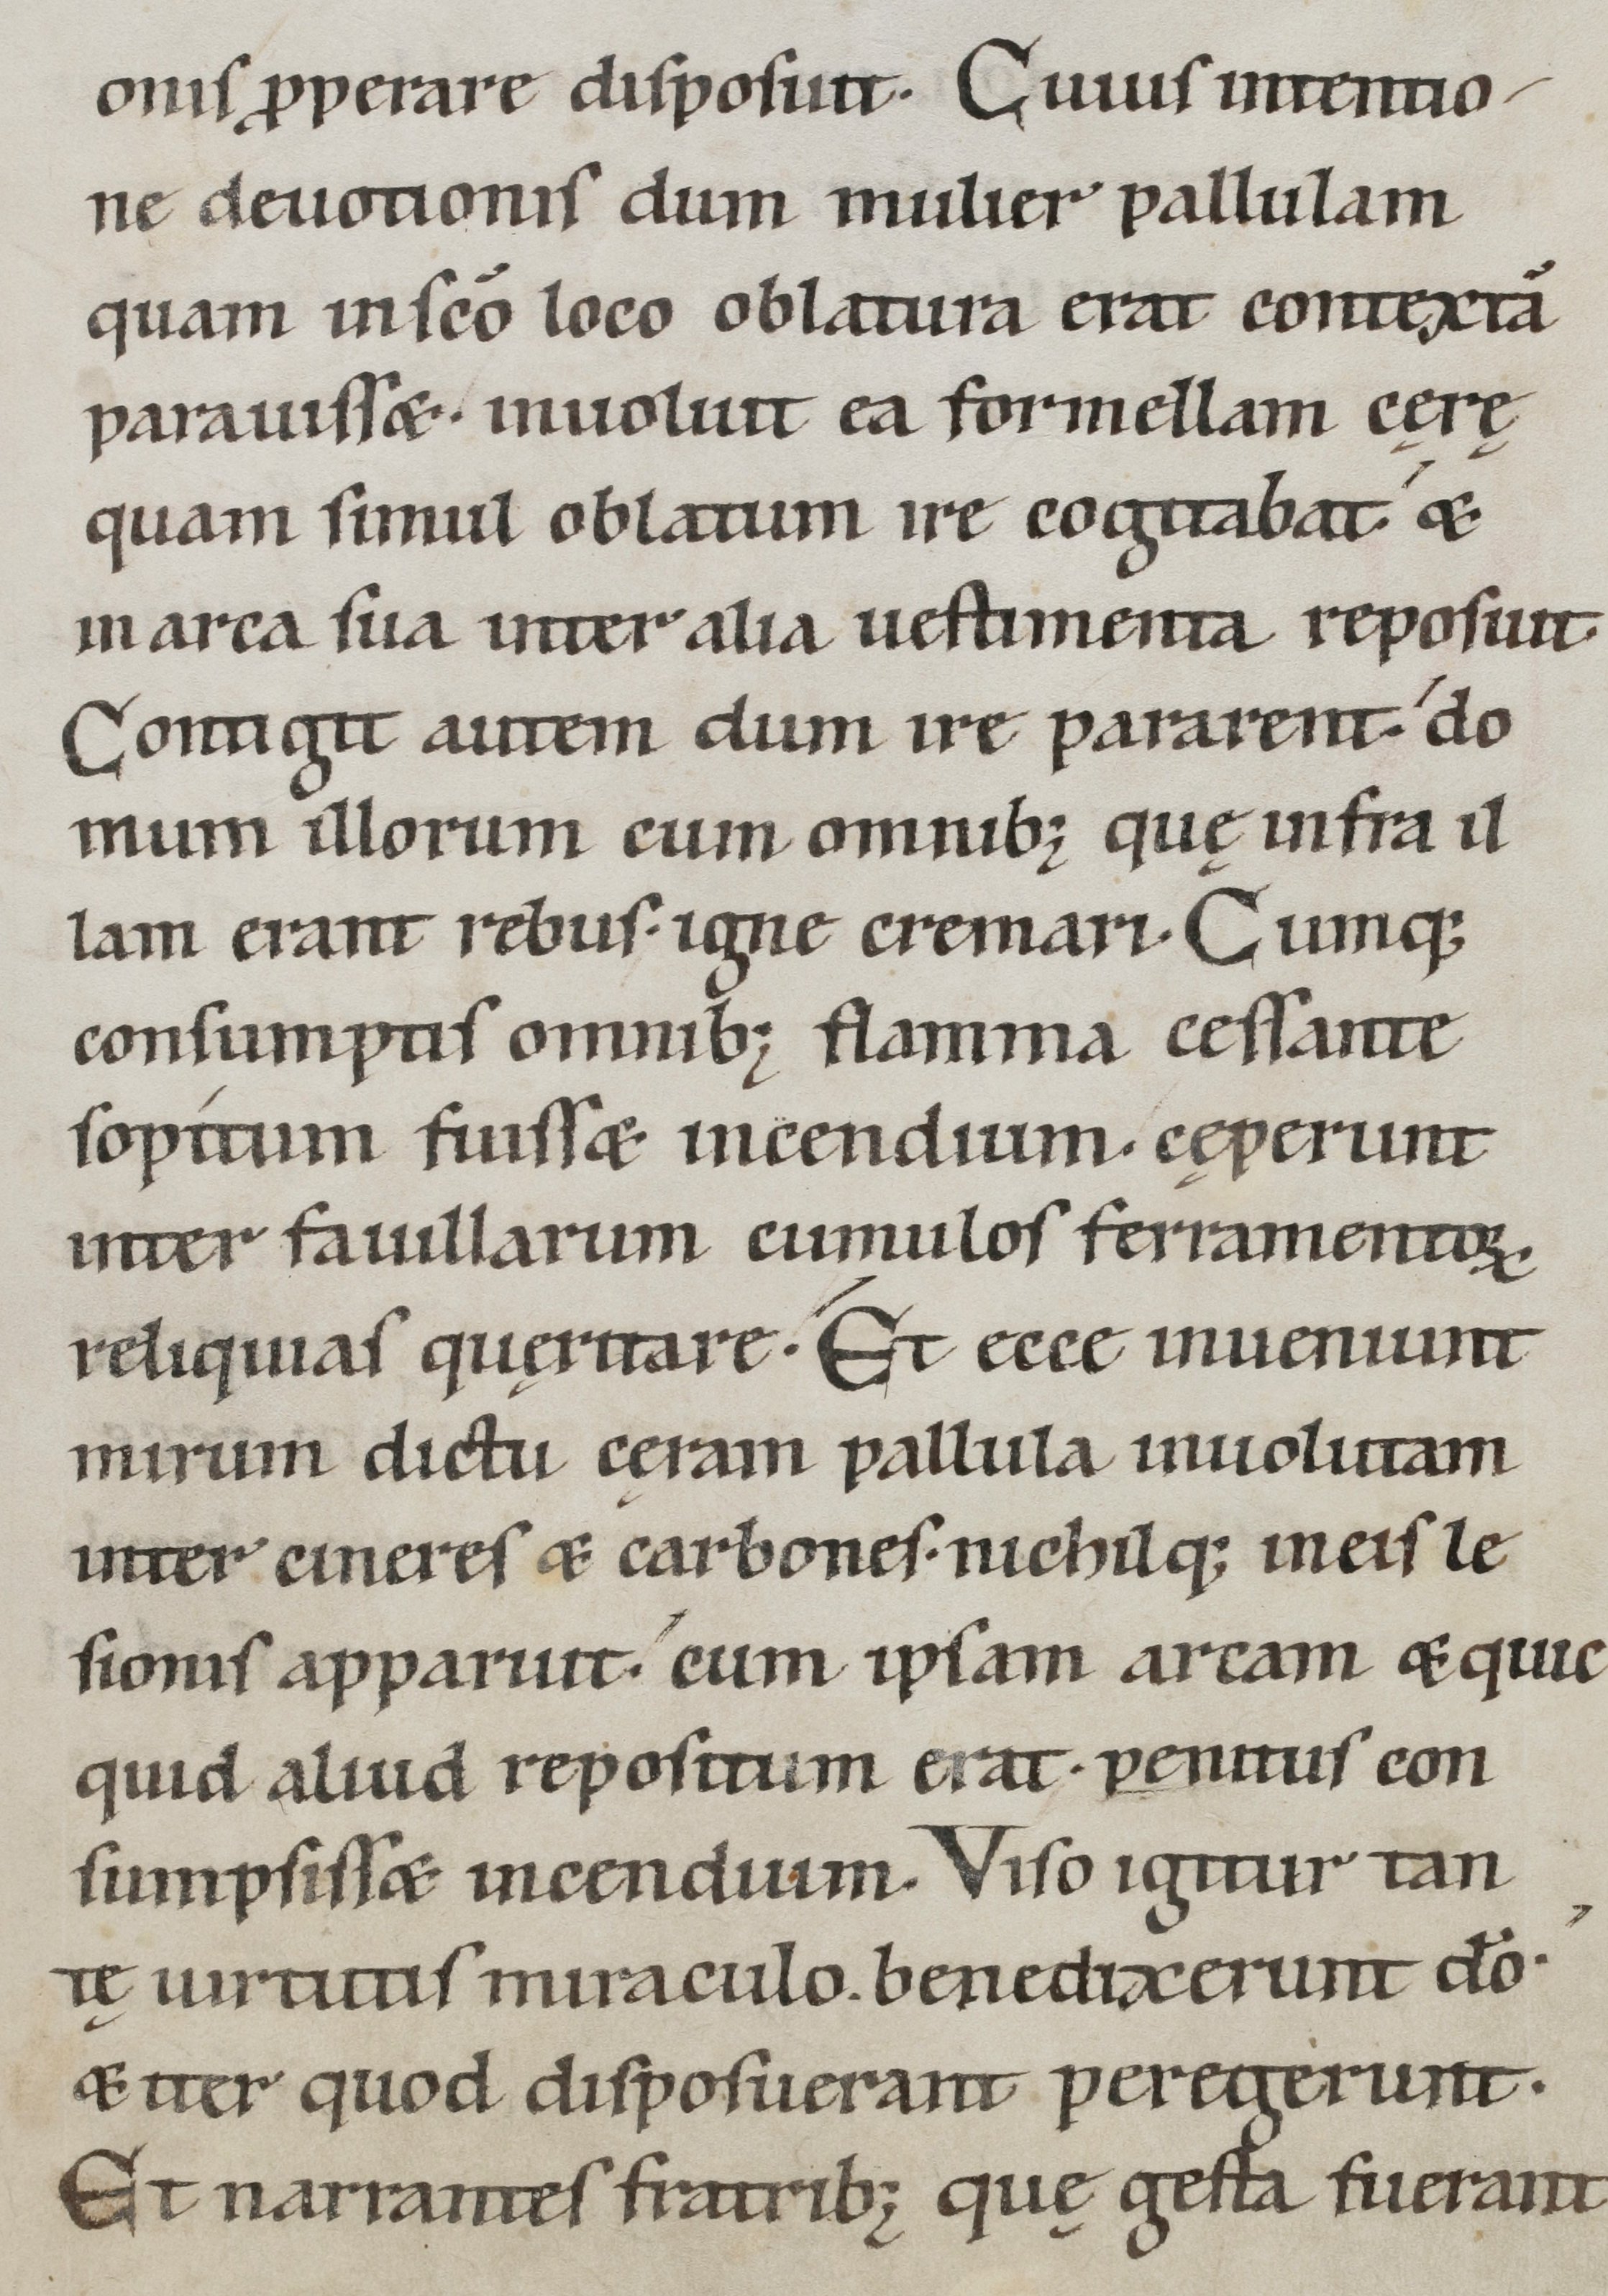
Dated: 1100–1199